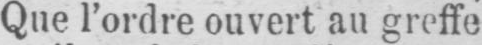
Que l’ordre ouvert au greffe